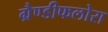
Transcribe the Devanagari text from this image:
ग्रैण्डीफलोरा